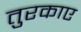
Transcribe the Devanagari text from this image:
तुरकाए